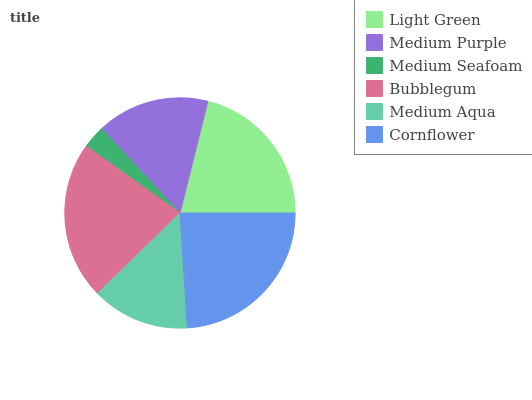
| Light Green | Medium Purple | Medium Seafoam | Bubblegum | Medium Aqua | Cornflower |
 | --- | --- | --- | --- | --- | --- |
 | 21.2% | 15.8% | 3.21% | 22.1% | 13.7% | 24% |